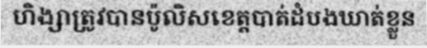
ហិង្សាត្រូវបានប៉ូលិសខេត្តបាត់ដំបងឃាត់ខ្លួន